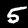
Digit: 5